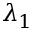
\lambda _ { 1 }